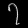
Digit: ၇